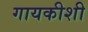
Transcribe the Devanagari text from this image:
गायकीशी